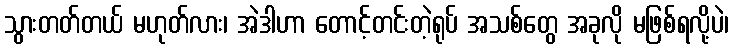
သွားတတ်တယ် မဟုတ်လား၊ အဲဒါဟာ တောင့်တင်းတဲ့ရုပ် အသစ်တွေ အခုလို မဖြစ်ရလို့ပဲ၊